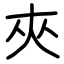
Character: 夾